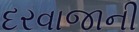
દરવાજાની